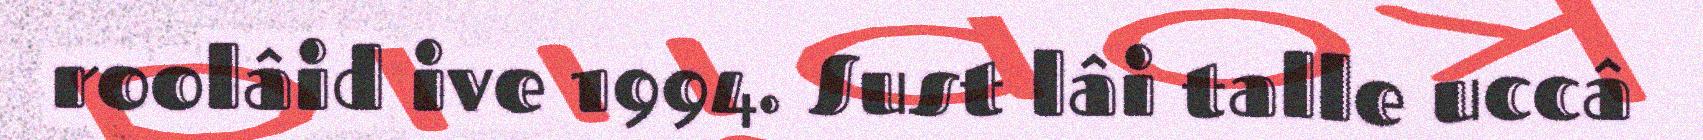
roolâid ive 1994. Sust lâi talle uccâ